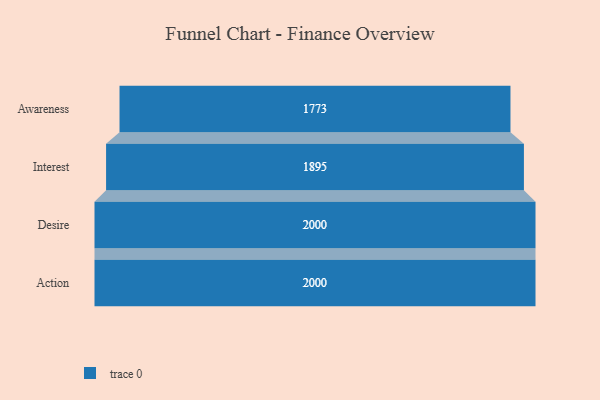
{"axis": {"x": "Stage", "y": "Value"}, "legend": [""], "data": [{"x": "Awareness", "y": 1773.0, "type": ""}, {"x": "Interest", "y": 1895.0, "type": ""}, {"x": "Desire", "y": 2000, "type": ""}, {"x": "Action", "y": 2000, "type": ""}]}